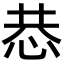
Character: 𢙄